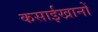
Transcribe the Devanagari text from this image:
कसाईखानों